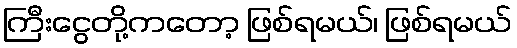
ကြီးငွေတို့ကတော့ ဖြစ်ရမယ်၊ ဖြစ်ရမယ်